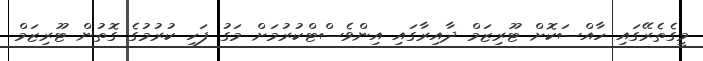
މީގެތެރޭގައި ހާއްސަކޮށް ޓޫރިޒަމް ދާއިރާގައި އިންވެސްޓްކުރުމަށް މަގު ފަހި ކުރުމުގެ ގޮތުން ޓޫރިޒަމް